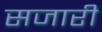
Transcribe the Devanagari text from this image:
सजारी